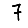
Digit: 7